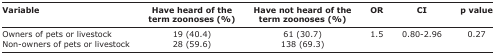
<table><thead><tr><td><b>Variable</b></td><td><b>Have heard of the term zoonoses (%)</b></td><td><b>Have not heard of the term zoonoses (%)</b></td><td><b>OR</b></td><td><b>CI</b></td><td><b>p value</b></td></tr></thead><tbody><tr><td>Owners of pets or livestock</td><td>19 (40.4)</td><td>61 (30.7)</td><td>1.5</td><td>0.80-2.96</td><td>0.27</td></tr><tr><td>Non-owners of pets or livestock</td><td>28 (59.6)</td><td>138 (69.3)</td><td></td><td></td><td></td></tr></tbody></table>